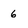
Character: 6